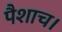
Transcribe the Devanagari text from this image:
पैशाच।